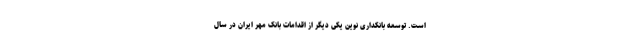
است. توسعه بانکداری نوین یکی دیگر از اقدامات بانک مهر ایران در سال